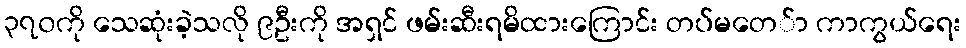
၃၇၀ကို သေဆုံးခဲ့သလို ၉ဦးကို အရှင် ဖမ်းဆီးရမိထားကြောင်း တပ်မတေ်ာ ကာကွယ်ရေး